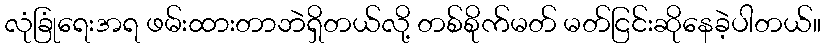
လုံခြုံရေးအရ ဖမ်းထားတာဘဲရှိတယ်လို့ တစ်စိုက်မတ် မတ်ငြင်းဆိုနေခဲ့ပါတယ်။